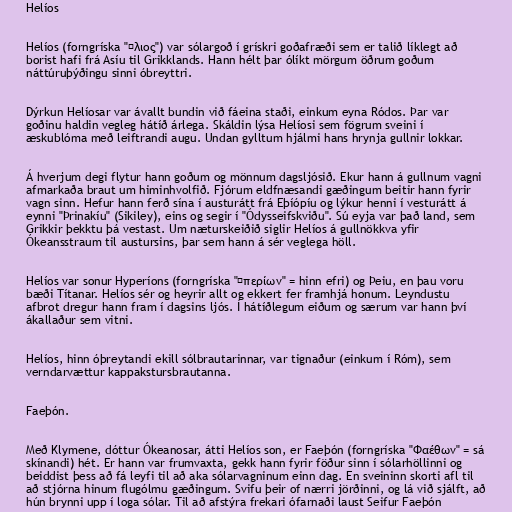
Helíos

Helíos (forngríska "Ἥλιος") var sólargoð í grískri goðafræði sem er talið líklegt að
borist hafi frá Asíu til Grikklands. Hann hélt þar ólíkt mörgum öðrum goðum
náttúruþýðingu sinni óbreyttri.

Dýrkun Helíosar var ávallt bundin við fáeina staði, einkum eyna Ródos. Þar var
goðinu haldin vegleg hátíð árlega. Skáldin lýsa Helíosi sem fögrum sveini í
æskublóma með leiftrandi augu. Undan gylltum hjálmi hans hrynja gullnir lokkar.

Á hverjum degi flytur hann goðum og mönnum dagsljósið. Ekur hann á gullnum vagni
afmarkaða braut um himinhvolfið. Fjórum eldfnæsandi gæðingum beitir hann fyrir
vagn sinn. Hefur hann ferð sína í austurátt frá Eþíópíu og lýkur henni í vesturátt á
eynni "Þrinakíu" (Sikiley), eins og segir í "Ódysseifskviðu". Sú eyja var það land, sem
Grikkir þekktu þá vestast. Um næturskeiðið siglir Helíos á gullnökkva yfir
Ókeansstraum til austursins, þar sem hann á sér veglega höll.

Helíos var sonur Hyperíons (forngríska "Ὑπερίων" = hinn efri) og Þeiu, en þau voru
bæði Títanar. Helíos sér og heyrir allt og ekkert fer framhjá honum. Leyndustu
afbrot dregur hann fram í dagsins ljós. Í hátíðlegum eiðum og særum var hann því
ákallaður sem vitni.

Helíos, hinn óþreytandi ekill sólbrautarinnar, var tignaður (einkum í Róm), sem
verndarvættur kappakstursbrautanna.

Faeþón.

Með Klymene, dóttur Ókeanosar, átti Helíos son, er Faeþón (forngríska "Φαέθων" = sá
skínandi) hét. Er hann var frumvaxta, gekk hann fyrir föður sinn í sólarhöllinni og
beiddist þess að fá leyfi til að aka sólarvagninum einn dag. En sveininn skorti afl til
að stjórna hinum flugólmu gæðingum. Svifu þeir of nærri jörðinni, og lá við sjálft, að
hún brynni upp í loga sólar. Til að afstýra frekari ófarnaði laust Seifur Faeþón